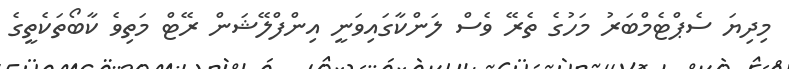
މިދިޔަ ސެޕްޓެމްބަރު މަހުގެ ތެރޭ ވެސް ލަންކާގައިވަނީ އިންފްލޭޝަން ރޭޓް މަތިވެ ކާބޯތަކެތީގެ